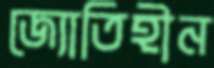
জ্যোতিহীন